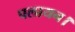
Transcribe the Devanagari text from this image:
पलायन।